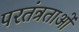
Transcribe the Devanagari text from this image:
परतंत्रताओं